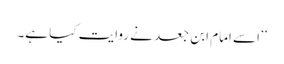
‘‘ اسے امام ابن جعد نے روایت کیا ہے۔